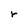
Character: r